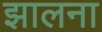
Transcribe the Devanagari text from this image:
झालना